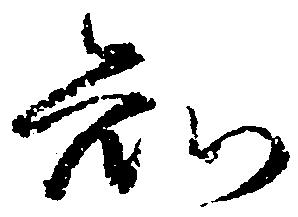
知